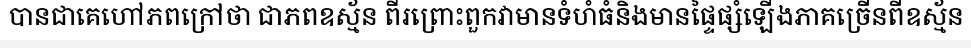
បានជាគេហៅភពក្រៅថា ជាភពឧស្ម័ន ពីរព្រោះពួកវាមានទំហំធំនិងមានផ្ទៃផ្សំឡើងភាគច្រើនពីឧស្ម័ន